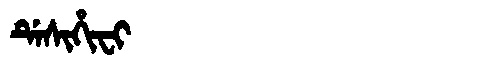
Manchu: ᡩᡝᠰᡳᡥᡳᠸᡳ
Romanization: DESIHIFI